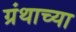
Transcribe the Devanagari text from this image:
ग्रंथाच्‍या